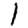
Digit: 1